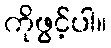
ကိုဖွင့်ပါ။